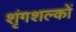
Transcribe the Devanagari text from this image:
शृंगशल्कों